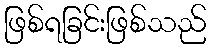
ဖြစ်ရခြင်းဖြစ်သည်